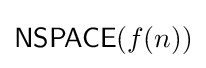
{\mathsf {NSPACE}}(f(n))